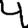
Digit: 4